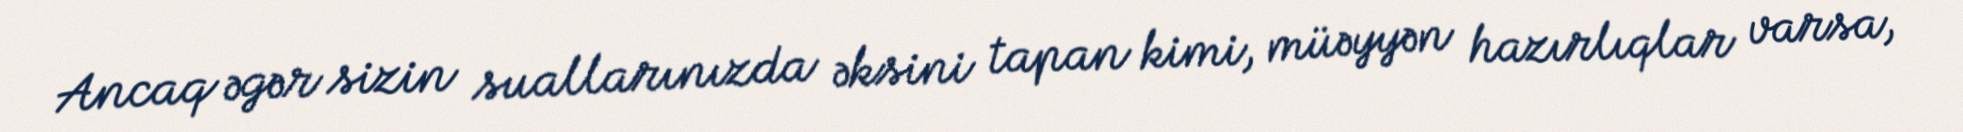
Ancaq əgər sizin suallarınızda əksini tapan kimi, müəyyən hazırlıqlar varsa,